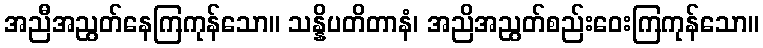
အညီအညွတ်နေကြကုန်သော။ သန္နိပတိတာနံ၊ အညိအညွတ်စည်းဝေးကြကုန်သော။